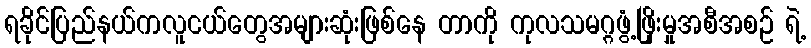
ရခိုင်ပြည်နယ်ကလူငယ်တွေအများဆုံးဖြစ်နေ တာကို ကုလသမဂ္ဂဖွံ့ဖြိုးမှုအစီအစဉ် ရဲ့